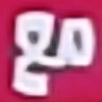
مع